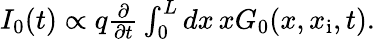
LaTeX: \begin{array}{r}{I_{0}(t)\propto q\frac{\partial}{\partial t}\int_{0}^{L}dx\, xG_{0}(x,x_{\mathrm{i}},t).}\end{array}